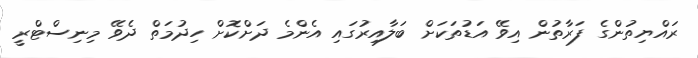
ރައްޔިތުންގެ ފަރާތުން އިވޭ އަޑުތަކަށް ބަލާއިރުގައި އެންމެ ދަށްކޮށް ހިދުމަތް ދެވޭ މިނިސްޓްރީ